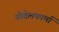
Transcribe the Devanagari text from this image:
नोबेलफार्मा